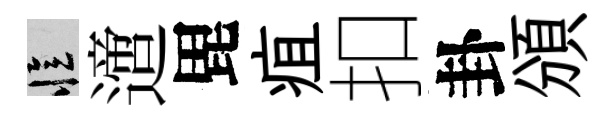
忆𨗁毘疽扣卦頒